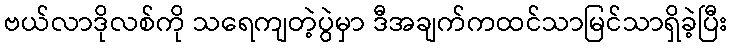
ဗယ်လာဒိုလစ်ကို သရေကျတဲ့ပွဲမှာ ဒီအချက်ကထင်သာမြင်သာရှိခဲ့ပြီး